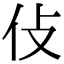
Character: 𠆸